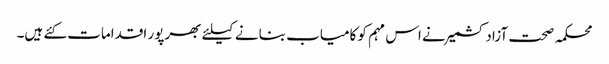
محکمہ صحت آزادکشمیر نے اس مہم کو کامیاب بنانے کیلئے بھرپور اقدامات کئے ہیں۔